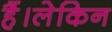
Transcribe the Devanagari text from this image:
हैं।लेकिन